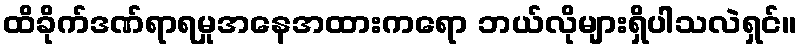
ထိခိုက်ဒဏ်ရာရမှုအနေအထားကရော ဘယ်လိုများရှိပါသလဲရှင်။